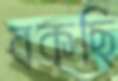
বকছি